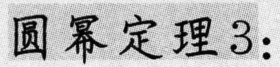
圆幂定理3：